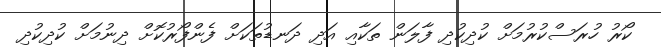
ކޯރު ހުރަސްކުރުމަށް ކުދިކުދި ފާލަން ތަކާއި އަދި ދަނޑުތަކަށް ފެންފޯރުކޮށް ދިނުމަށް ކުދިކުދި